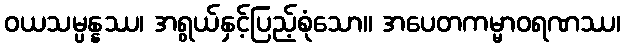
ဝယသမ္ပန္နဿ၊ အရွယ်နှင့်ပြည့်စုံသော။ အပေတကမ္မာဝရဏဿ၊